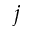
j